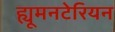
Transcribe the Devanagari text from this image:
ह्यूमनटेरियन